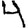
Digit: 4